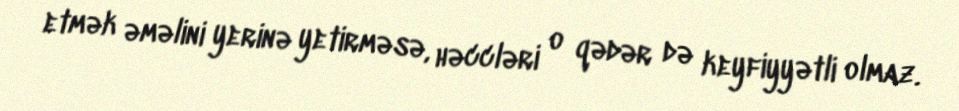
etmək əməlini yerinə yetirməsə, həccləri o qədər də keyfiyyətli olmaz.